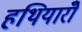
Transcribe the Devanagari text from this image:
हथियारोँ